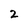
Character: 2